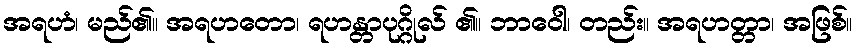
အရဟံ၊ မည်၏။ အရဟတော၊ ရဟန္တာပုဂ္ဂိုလ် ၏။ ဘာဝေါ၊ တည်း။ အရဟတ္တာ၊ အဖြစ်။